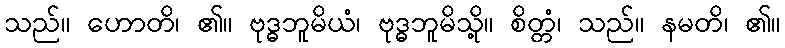
သည်။ ဟောတိ၊ ၏။ ဗုဒ္ဓဘူမိယံ၊ ဗုဒ္ဓဘူမိသို့။ စိတ္တံ၊ သည်။ နမတိ၊ ၏။